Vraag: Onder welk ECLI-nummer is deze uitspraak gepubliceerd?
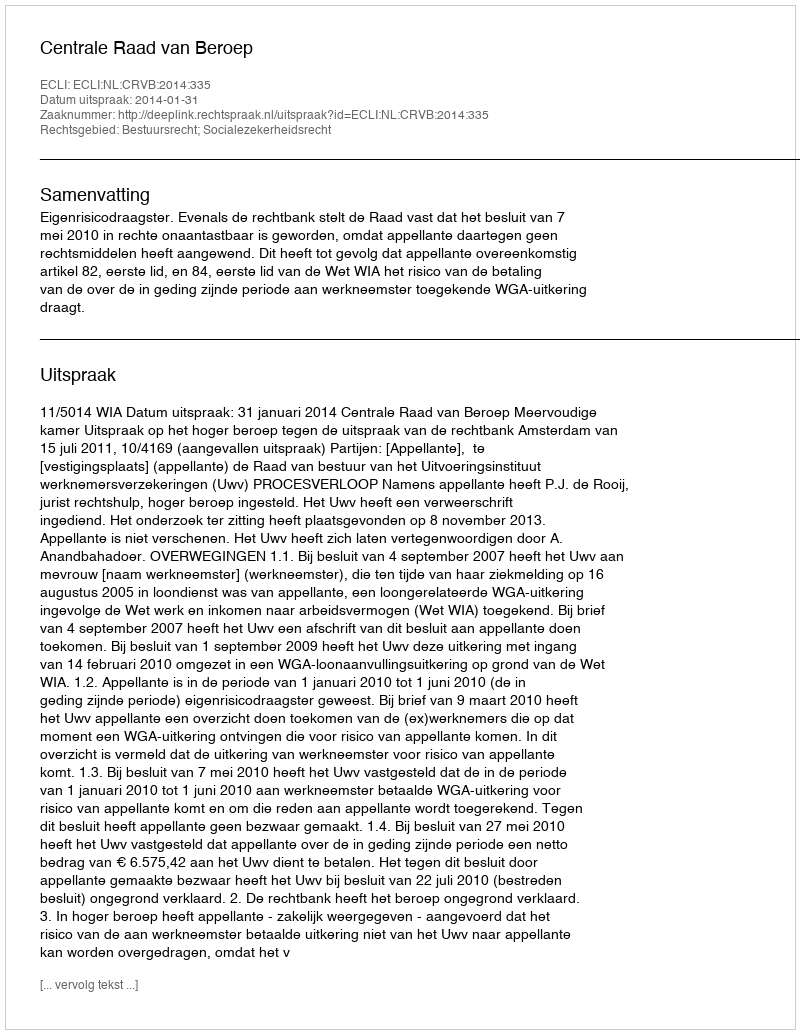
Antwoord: ECLI:NL:CRVB:2014:335